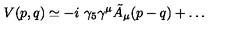
V ( p , q ) \simeq - i \ \gamma _ { 5 } \gamma ^ { \mu } \tilde { A } _ { \mu } ( p - q ) + \dots